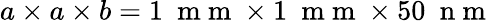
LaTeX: a\times a\times b=1~\mathrm{~m~m~}\times 1~\mathrm{~m~m~}\times 50~\mathrm{~n~m~}